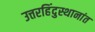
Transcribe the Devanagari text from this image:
उत्तरहिंदुस्थानांत